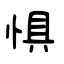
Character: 惧